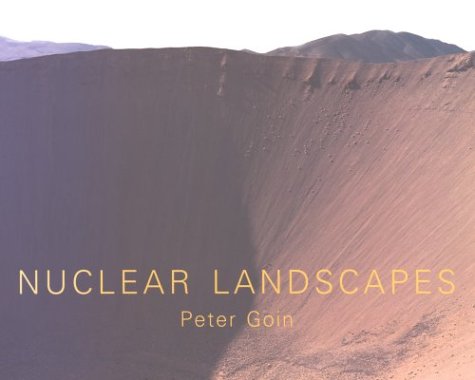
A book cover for Nuclear Landscapes (Creating the North American Landscape); Professor Peter Goin; History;